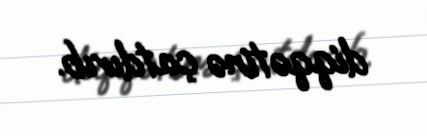
diqqətinə çatdırıb.